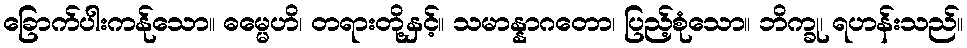
ခြောက်ပါးကန်ုသော။ ဓမ္မေဟိ၊ တရားတို့နှင့်။ သမာန္နာဂတော၊ ပြည့်စုံသော။ ဘိက္ခု၊ ရဟန်းသည်။